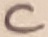
Text: C